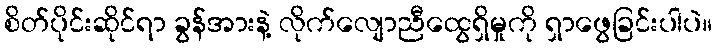
စိတ်ပိုင်းဆိုင်ရာ ခွန်အားနဲ့ လိုက်လျောညီထွေရှိမှုကို ရှာဖွေခြင်းပါပဲ။